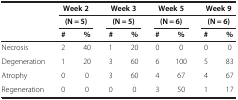
<table><thead><tr><td><b> </b></td><td colspan="2"><b>Week 2</b></td><td colspan="2"><b>Week 3</b></td><td colspan="2"><b>Week 5</b></td><td colspan="2"><b>Week 9</b></td></tr><tr><td><b> </b></td><td colspan="2"><b>(N = 5)</b></td><td colspan="2"><b>(N = 5)</b></td><td colspan="2"><b>(N = 6)</b></td><td colspan="2"><b>(N = 6)</b></td></tr><tr><td><b> </b></td><td><b>#</b></td><td><b>%</b></td><td><b>#</b></td><td><b>%</b></td><td><b>#</b></td><td><b>%</b></td><td><b>#</b></td><td><b>%</b></td></tr></thead><tbody><tr><td>Necrosis</td><td>2</td><td>40</td><td>1</td><td>20</td><td>0</td><td>0</td><td>0</td><td>0</td></tr><tr><td>Degeneration</td><td>1</td><td>20</td><td>3</td><td>60</td><td>6</td><td>100</td><td>5</td><td>83</td></tr><tr><td>Atrophy</td><td>0</td><td>0</td><td>3</td><td>60</td><td>4</td><td>67</td><td>4</td><td>67</td></tr><tr><td>Regeneration</td><td>0</td><td>0</td><td>0</td><td>0</td><td>3</td><td>50</td><td>1</td><td>17</td></tr></tbody></table>